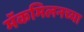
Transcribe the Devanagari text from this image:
मॅकमिलनच्या